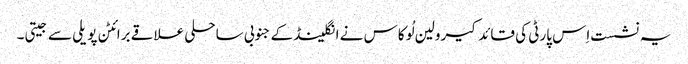
یہ نشست اِس پارٹی کی قائد کیرولین لُوکاس نے انگلینڈ کے جنوبی ساحلی علاقے برائٹن پویلی سے جیتی۔